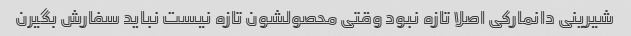
شیرینی دانمارکی اصلا تازه نبود وقتی محصولشون تازه نیست نباید سفارش بگیرن